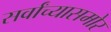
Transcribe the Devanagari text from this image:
सर्वांच्यासमोर